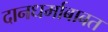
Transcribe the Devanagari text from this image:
दानधर्माबाबत